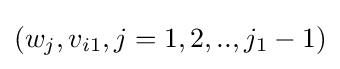
(w_{j},v_{i1},j=1,2,..,j_{1}-1)